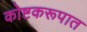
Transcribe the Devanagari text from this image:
कोष्टकरूपात